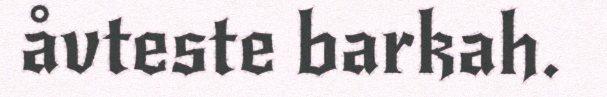
åvteste barkah.